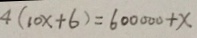
4 ( 1 0 x + 6 ) = 6 0 0 0 0 0 + x